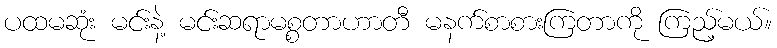
ပထမဆုံး မင်းနဲ့ မင်းဆရာမစ္စတာဟာတီ မနက်စာစားကြတာကို ကြည့်မယ်။